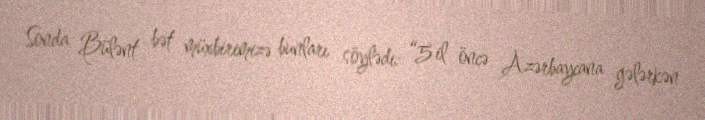
Sonda Bülənt bət müxbirimizə bunları söylədi: “5 il öncə Azərbaycana gələrkən